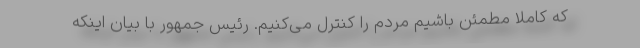
که کاملاً مطمئن باشیم مردم را کنترل می‌کنیم. رئیس جمهور با بیان اینکه